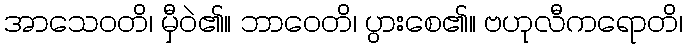
အာသေဝတိ၊ မှီဝဲ၏။ ဘာဝေတိ၊ ပွားစေ၏။ ဗဟုလီကရောတိ၊